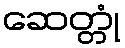
ဆေတ္တုံ